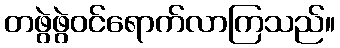
တဖွဲဖွဲဝင်ရောက်လာကြသည်။